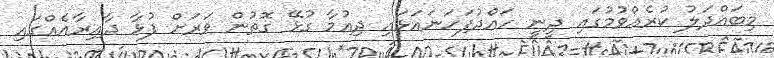
މިބައްދަލު ކުރެއްވުމުގައި ދީނީ ހައްދުފަހަނައަޅައި ދިއުމާ ގުޅޭ ގޮތުން ވަރަށް ފުޅާ ދާއިރާއެއްގައި